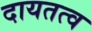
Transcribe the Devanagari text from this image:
दायतत्व